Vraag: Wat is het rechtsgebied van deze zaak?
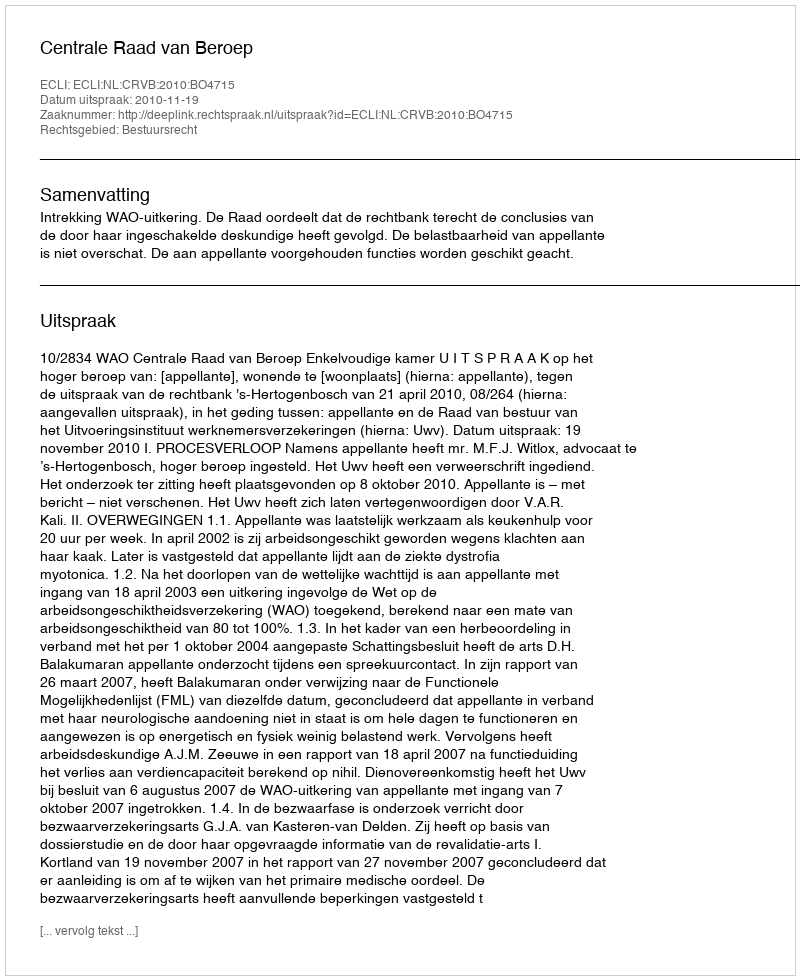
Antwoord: Bestuursrecht